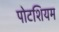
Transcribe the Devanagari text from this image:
पोटशियम